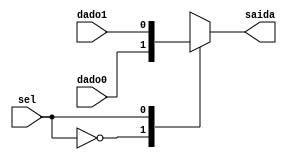
module mux1_2a(
	input sel,
	input dado0, dado1,
	output saida
	);
	
	always @(*)
		case (sel)
			1'b0: saida <= dado0;
			1'b1: saida <= dado1;
			default: saida <= 1'b0;
		endcase
			
endmodule